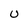
Character: U